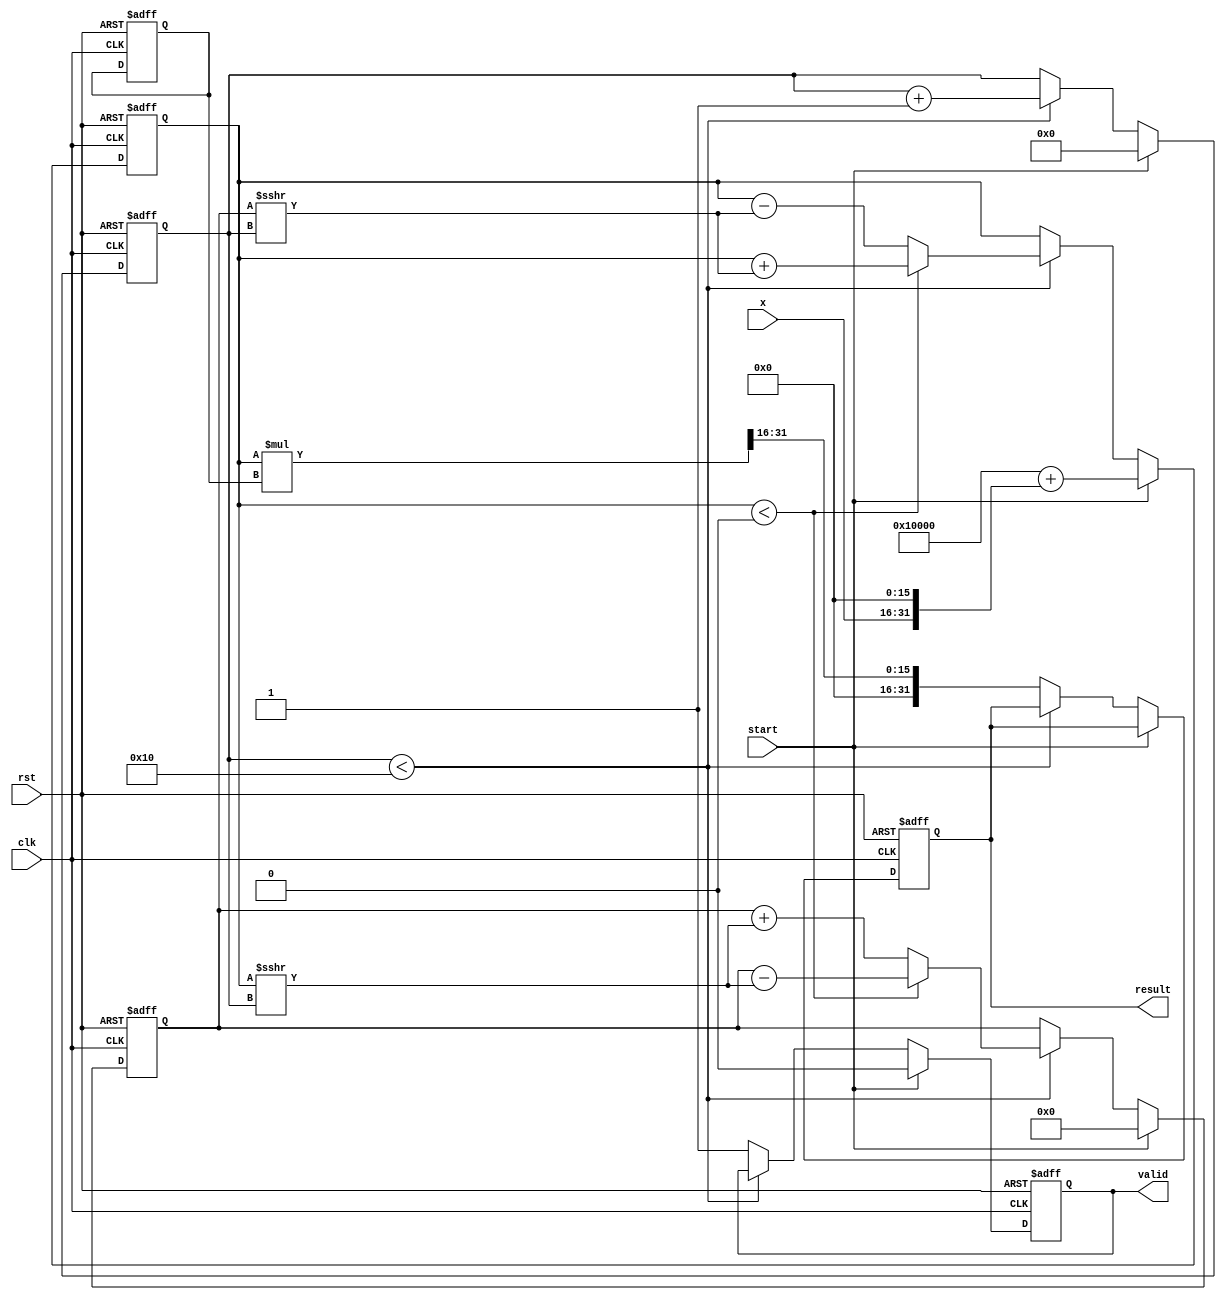
module cordic_exponential (
    input wire clk,
    input wire rst,
    input wire start,
    input wire [15:0] x, // Fixed-point representation of input x
    output reg [31:0] result, // Fixed-point representation of e^x
    output reg valid // Signal to indicate output is ready
);

    // Parameters
    parameter NUM_ITERATIONS = 16; // Number of CORDIC iterations
    parameter FIXED_POINT_FRACTIONAL_BITS = 16; // Fractional bits for fixed-point representation

    // CORDIC angle lookup table (in radians)
    reg [15:0] angle_lut [0:NUM_ITERATIONS-1];
    initial begin
        angle_lut[0] = 16'h0000; // 0
        angle_lut[1] = 16'h1C71; // atan(2^-1)
        angle_lut[2] = 16'h0D88; // atan(2^-2)
        angle_lut[3] = 16'h05A8; // atan(2^-3)
        angle_lut[4] = 16'h028A; // atan(2^-4)
        angle_lut[5] = 16'h0145; // atan(2^-5)
        angle_lut[6] = 16'h00A2; // atan(2^-6)
        angle_lut[7] = 16'h0051; // atan(2^-7)
        angle_lut[8] = 16'h0028; // atan(2^-8)
        angle_lut[9] = 16'h0014; // atan(2^-9)
        angle_lut[10] = 16'h000A; // atan(2^-10)
        angle_lut[11] = 16'h0005; // atan(2^-11)
        angle_lut[12] = 16'h0002; // atan(2^-12)
        angle_lut[13] = 16'h0001; // atan(2^-13)
        angle_lut[14] = 16'h0000; // atan(2^-14)
        angle_lut[15] = 16'h0000; // atan(2^-15)
    end

    // Internal registers
    reg [31:0] x_reg, y_reg; // CORDIC coordinates
    reg [15:0] angle_reg; // Current angle
    reg [3:0] iteration; // Iteration counter
    reg [31:0] scale_factor; // Scaling factor

    // Control logic
    always @(posedge clk or posedge rst) begin
        if (rst) begin
            result <= 0;
            valid <= 0;
            iteration <= 0;
            x_reg <= 0;
            y_reg <= 0;
            scale_factor <= 32'h00010000; // Initial scale factor (1.0 in fixed-point)
        end else if (start) begin
            // Initialize CORDIC coordinates
            x_reg <= 32'h00010000 + (x << FIXED_POINT_FRACTIONAL_BITS); // e^0 = 1
            y_reg <= 0;
            iteration <= 0;
            valid <= 0;
        end else if (iteration < NUM_ITERATIONS) begin
            // CORDIC iteration
            if (x_reg < 0) begin
                // Rotate clockwise
                x_reg <= x_reg + (y_reg >>> iteration);
                y_reg <= y_reg - (x_reg >>> iteration);
            end else begin
                // Rotate counter-clockwise
                x_reg <= x_reg - (y_reg >>> iteration);
                y_reg <= y_reg + (x_reg >>> iteration);
            end
            angle_reg <= angle_lut[iteration];
            iteration <= iteration + 1;
        end else begin
            // Final scaling and output
            result <= (x_reg * scale_factor) >> FIXED_POINT_FRACTIONAL_BITS; // Scale the result
            valid <= 1; // Indicate that the result is valid
        end
    end

endmodule